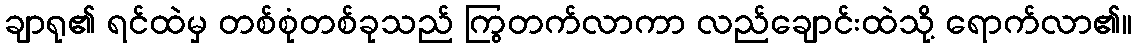
ချာရု၏ ရင်ထဲမှ တစ်စုံတစ်ခုသည် ကြွတက်လာကာ လည်ချောင်းထဲသို့ ရောက်လာ၏။